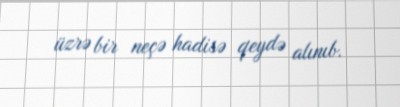
üzrə bir neçə hadisə qeydə alınıb.